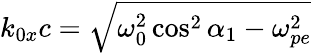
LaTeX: k_{0x}c=\sqrt{\omega_{0}^{2}\cos^{2}\alpha_{1}-\omega_{pe}^{2}}